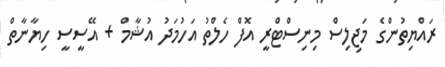
ރައްޔިތުންގެ މަޖިލިސް މިނިސްޓްރީ އޮފް ހެލްތު އަހުމަދު އުޝާމް + އޭސީސީ ހިޔާނާތް